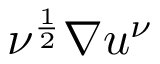
\nu ^ { \frac 1 2 } \nabla u ^ { \nu }